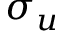
\sigma _ { u }